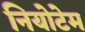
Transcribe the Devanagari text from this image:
नियोटेम